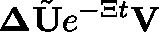
\mathbf { \Delta } \tilde { \mathbf { U } } e ^ { - \Xi t } \mathbf { V }